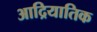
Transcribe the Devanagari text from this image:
आद्रियातिक